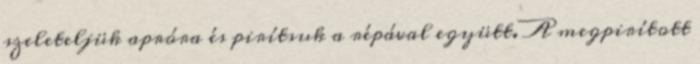
szeleteljük apróra és pirítsuk a répával együtt. A megpirított